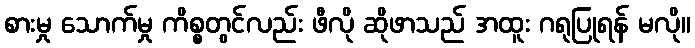
စားမှု သောက်မှု ကိစ္စတွင်လည်း ဖီလို ဆိုဖာသည် အထူး ဂရုပြုရန် မလို။